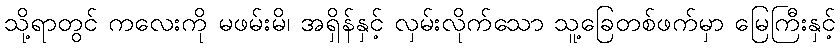
သို့ရာတွင် ကလေးကို မဖမ်းမိ၊ အရှိန်နှင့် လှမ်းလိုက်သော သူ့ခြေတစ်ဖက်မှာ မြေကြီးနှင့်